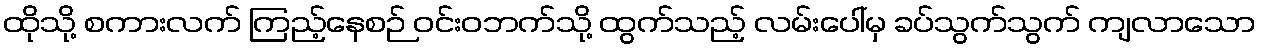
ထိုသို့ စကားလက် ကြည့်နေစဉ် ဝင်းဝဘက်သို့ ထွက်သည့် လမ်းပေါ်မှ ခပ်သွက်သွက် ကျလာသော